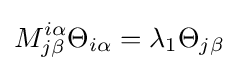
M_{j\beta }^{i\alpha }\Theta _{i\alpha }=\lambda _{1}\Theta _{j\beta }